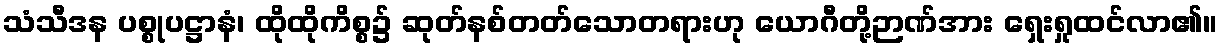
သံသီဒန ပစ္စုပဋ္ဌာနံ၊ ထိုထိုကိစ္စ၌ ဆုတ်နစ်တတ်သောတရားဟု ယောဂီတို့ဉာဏ်အား ရှေးရှုထင်လာ၏။